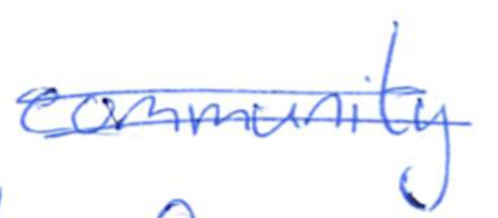
Text: community
Cross-out: double-line
Writing tool: ballpoint